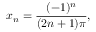
x _ { n } = { \frac { ( - 1 ) ^ { n } } { ( 2 n + 1 ) \pi } } , \quad